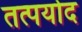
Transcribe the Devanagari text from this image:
तत्पयोद